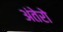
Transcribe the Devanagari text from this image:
अंतेरो